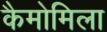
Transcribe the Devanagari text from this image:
कैमोमिला